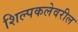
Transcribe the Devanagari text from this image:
शिल्पकलेवरील